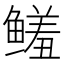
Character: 𱈌